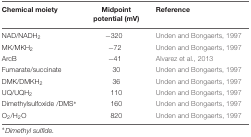
<table><thead><tr><td><b>Chemical moiety</b></td><td><b>Midpoint potential (mV)</b></td><td><b>Reference</b></td></tr></thead><tbody><tr><td>NAD/NADH<sub>2</sub></td><td>-320</td><td>Unden and Bongaerts, 1997</td></tr><tr><td>MK/MKH<sub>2</sub></td><td>-72</td><td>Unden and Bongaerts, 1997</td></tr><tr><td>ArcB</td><td>-41</td><td>Alvarez et al., 2013</td></tr><tr><td>Fumarate/succinate</td><td>30</td><td>Unden and Bongaerts, 1997</td></tr><tr><td>DMK/DMKH<sub>2</sub></td><td>36</td><td>Unden and Bongaerts, 1997</td></tr><tr><td>UQ/UQH<sub>2</sub></td><td>110</td><td>Unden and Bongaerts, 1997</td></tr><tr><td>Dimethylsulfoxide /DMS<sup>∗</sup></td><td>160</td><td>Unden and Bongaerts, 1997</td></tr><tr><td>O<sub>2</sub>/H<sub>2</sub>O</td><td>820</td><td>Unden and Bongaerts, 1997</td></tr></tbody></table>